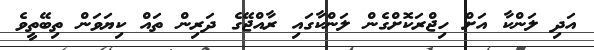
އަދި ލަންކާ އަށް ހިޖްރަކޮށްގެން ލަންކާގައި ރާއްޖޭގެ ދަރިން ތައް ކިޔަވަން ތިބޭތީވެ